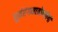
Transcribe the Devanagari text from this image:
पूर्वरंगमात्रोपयोगी